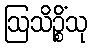
ဩသိဉ္စိံသု